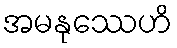
အမနုဿေဟိ